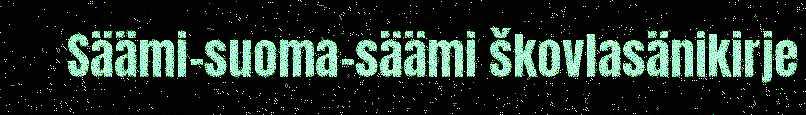
Säämi-suoma-säämi škovlasänikirje